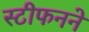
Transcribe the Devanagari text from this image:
स्टीफनने